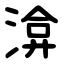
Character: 渰